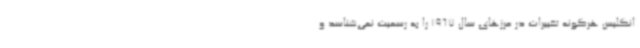
انگلیس هرگونه تغییرات در مرزهای سال 1967 را به رسمیت نمی‌شناسد و